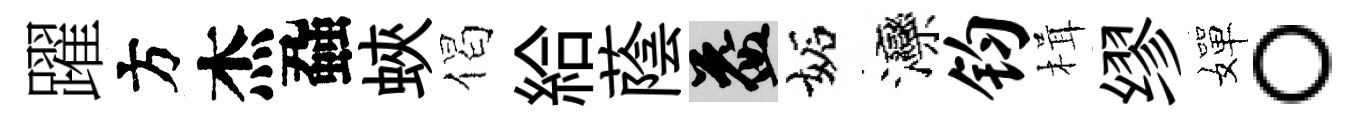
躍方杰蝨蛺偈給蔭益妬灤钧楫缪嬋。